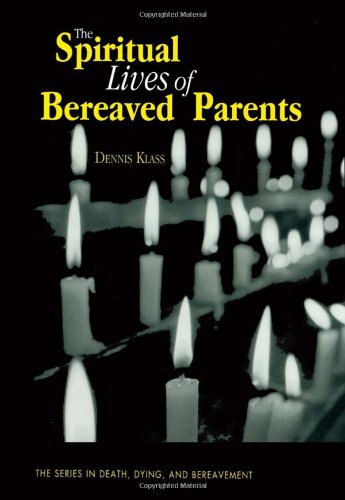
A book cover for The Spiritual Lives of Bereaved Parents (Series in Death, Dying, and Bereavement); Dennis Klass; Christian Books & Bibles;